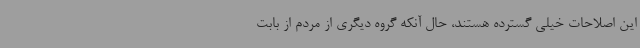
این اصلاحات خیلی گسترده هستند، حال آنکه گروه دیگری از مردم از بابت